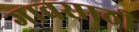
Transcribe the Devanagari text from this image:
गावसाठी